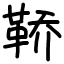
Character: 鞒